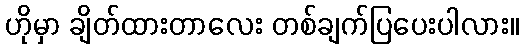
ဟိုမှာ ချိတ်ထားတာလေး တစ်ချက်ပြပေးပါလား။